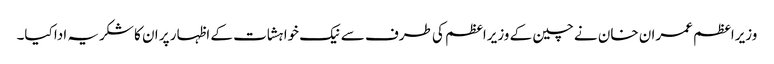
وزیراعظم عمران خان نے چین کے وزیراعظم کی طرف سے نیک خواہشات کے اظہار پر ان کا شکریہ ادا کیا۔